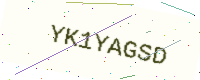
Text: YK1YAGSD